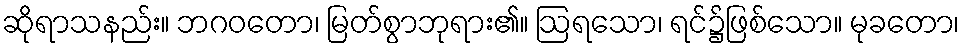
ဆိုရာသနည်း။ ဘဂဝတော၊ မြတ်စွာဘုရား၏။ ဩရသော၊ ရင်၌ဖြစ်သော။ မုခတော၊